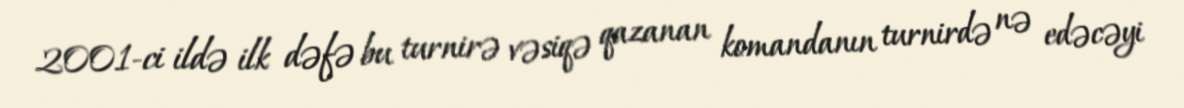
2001-ci ildə ilk dəfə bu turnirə vəsiqə qazanan komandanın turnirdə nə edəcəyi